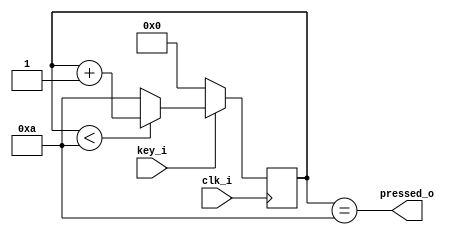
`timescale 1ns / 1ps
//////////////////////////////////////////////////////////////////////////////////
// Company:
// Engineer:
//
// Design Name:
// Module Name:    keyPress
// Project Name:
// Target Devices:
// Tool versions:
// Description:
//
// Dependencies:
//
// Revision:
// Revision 0.01 - File Created
// Additional Comments:
//
//////////////////////////////////////////////////////////////////////////////////
module keyPress(
    input key_i,        // 
    output pressed_o,   // 
    input clk_i         // 5ms
    );

    parameter DURATION = 10; // 50ms

    reg [3:0] cnt; // see also: DURATION

    initial
    begin
        cnt <= 0;
    end

    always@(posedge clk_i)
    begin
        if(key_i == 1)
        begin
            if(cnt < DURATION)
                cnt <= cnt + 1;
            else
                cnt <= DURATION;
        end
        else
            cnt <= 0;
    end

    assign pressed_o = (cnt == DURATION);

endmodule